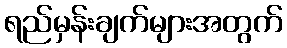
ရည်မှန်းချက်များအတွက်